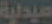
هيدلية